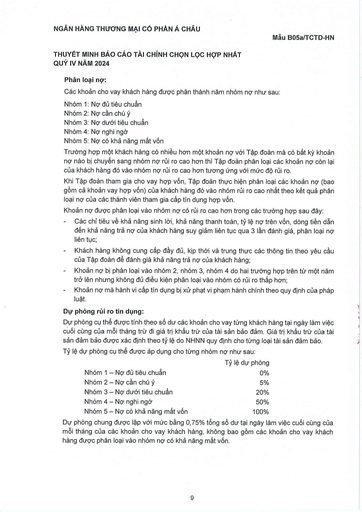
|Nhóm 1:|Nợ đủ tiêu chuẩn| |---|---| |Nhóm 2:|Nợ cần chú ý| |Nhóm 3:|Nợ dưới tiêu chuẩn| |Nhóm 4:|Nợ nghi ngờ| |Nhóm 5:|Nợ có khả năng mất vốn| ||Tỷ lệ dự phòng| |---|---| |Nhóm 1 - Nợ đủ tiêu chuẩn|0%| |Nhóm 2 - Nợ cần chú ý|5%| |Nhóm 3 - Nợ dưới tiêu chuẩn|20%| |Nhóm 4 - Nợ nghi ngờ|50%| |Nhóm 5 - Nợ có khả năng mất vốn|100%|